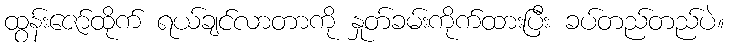
ထွန်းဇော်ထိုက် ရယ်ချင်လာတာကို နှုတ်ခမ်းကိုက်ထားပြီး ခပ်တည်တည်ပဲ။